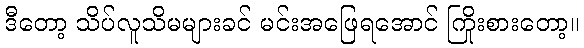
ဒီတော့ သိပ်လူသိမများခင် မင်းအဖြေရအောင် ကြိုးစားတော့။